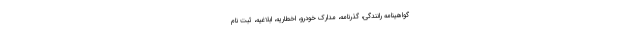
گواهینامه رانندگی، گذرنامه، مدارک خودرو، اخطاریه، ابلاغیه، ثبت نام